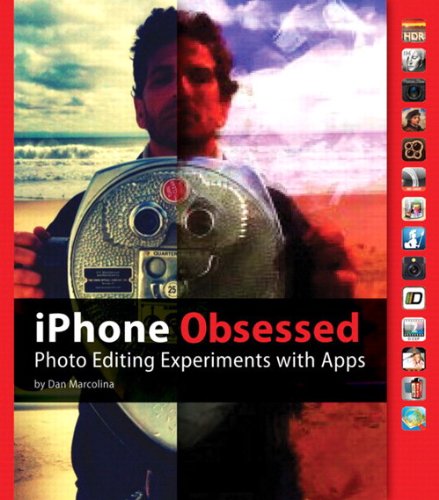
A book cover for iPhone Obsessed: Photo editing experiments with Apps; Dan Marcolina; Computers & Technology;